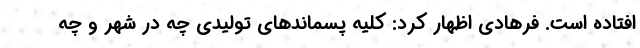
افتاده است. فرهادی اظهار کرد: کلیه پسماندهای تولیدی چه در شهر و چه